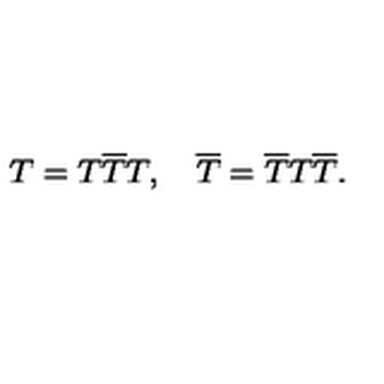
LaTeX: T = T \overline { { T } } T , \quad \overline { { T } } = \overline { { T } } T \overline { { T } } .